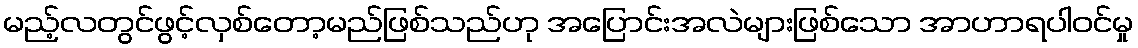
မည့်လတွင်ဖွင့်လှစ်တော့မည်ဖြစ်သည်ဟု အပြောင်းအလဲများဖြစ်သော အာဟာရပါဝင်မှု